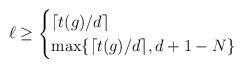
LaTeX: \begin{align*}\ell \geq \begin{cases}\lceil t (g)/d \rceil&\\\max\{ \lceil t (g)/d \rceil, d + 1 - N \}& \end{cases}\end{align*}